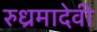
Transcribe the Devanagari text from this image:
रुध्रमादेवी